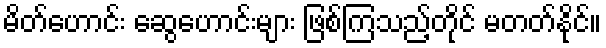
မိတ်ဟောင်း ဆွေဟောင်းများ ဖြစ်ကြသည့်တိုင် မတတ်နိုင်။